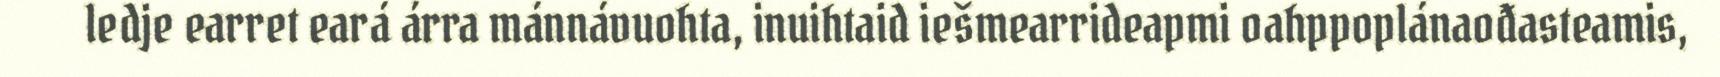
ledje earret eará árra mánnávuohta, inuihtaid iešmearrideapmi oahppoplánaođasteamis,